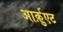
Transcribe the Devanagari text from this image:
आर्क़ुएट